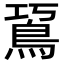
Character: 䲾